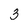
Character: 3